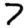
Digit: 7